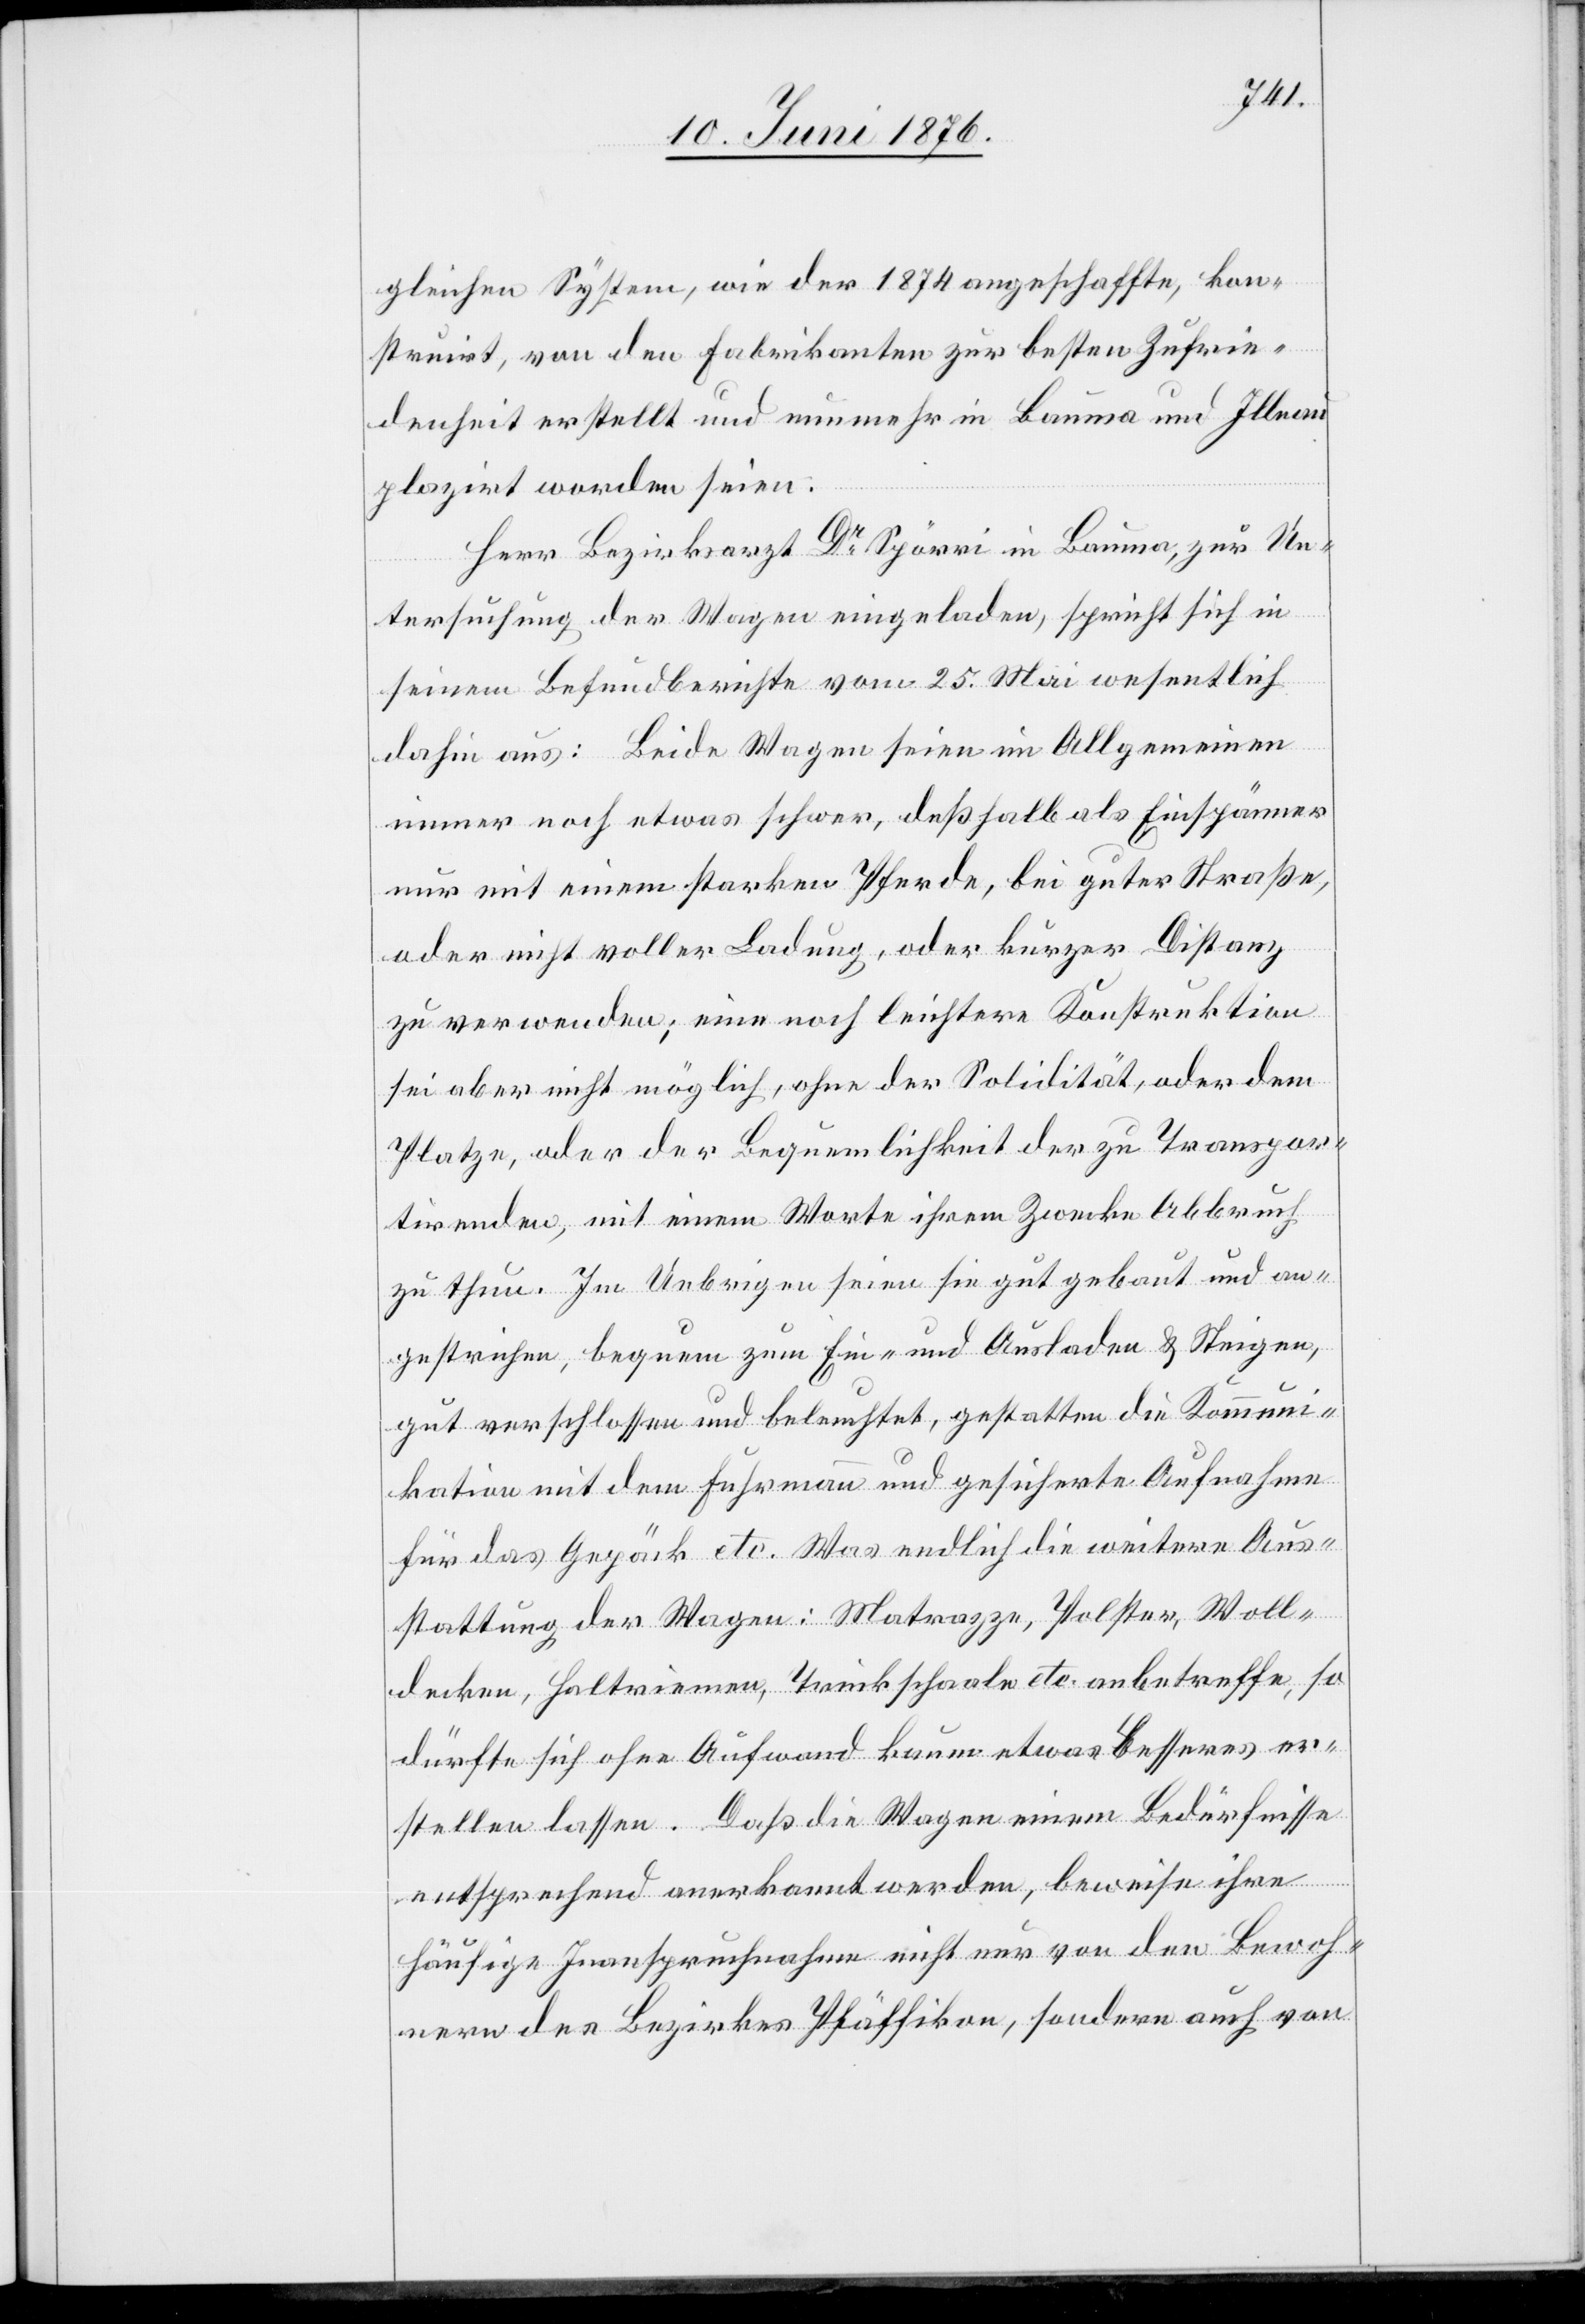
gleichen System, wie der 1874 angeschaffte, kon¬
struirt, von den Fabrikanten zur besten Zufrie¬
denheit erstellt und nunmehr in Bauma und Illnau
plazirt worden seien.
Herr Bezirksarzt Dr Spörri in Bauma, zur Un¬
tersuchung der Wagen eingeladen, spricht sich in
seinem Befundberichte vom 25. Mai wesentlich
dahin aus: Beide Wagen seien im Allgemeinen
immer noch etwas schwer, deßhalb als Einspänner
nur mit einem starken Pferde, bei guter Straße
oder nicht voller Ladung, oder kurzer Distanz
zu verwenden; eine noch leichtere Konstruktion
sei aber nicht möglich, ohne der Solidarität, oder dem
Platze, oder der Bequemlichkeit der zu Transpor¬
tirenden, mit einem Worte ihrem Zwecke Abbruch
zu thun. Im Uebrigen seien sie gut gebaut und an¬
gestrichen, bequem zum Ein- und Ausladen & Steigen,
gut verschlossen und beleuchtet, gestatten die Kommuni¬
kation mit dem Fuhrmann und gesicherte Aufnahme
für das Gepäck etc. Was endlich die weitere Aus¬
stattung der Wagen: Matrazze, Polster, Woll¬
decken, Halterriemen, Trinkschaale etc. anbetreffe, so
dürfte sich ohne Aufwand kaum etwas besseres er¬
stellen lassen. Daß die Wagen einem Bedürfnisse
entsprechend anerkannt werden, beweise ihre
häufige Inanspruchnahme nicht nur von den Bewoh¬
nern des Bezirkes Pfäffikon, sondern auch von